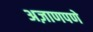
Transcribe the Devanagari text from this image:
अज़ाणपणे